画像に写った文字を読んでください
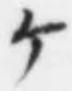
「ケ」と書いてあります